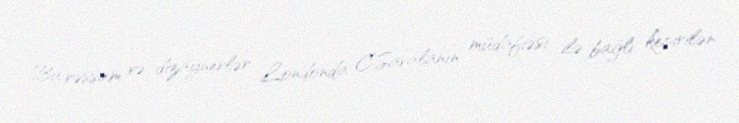
Bu rəssam və dizaynerlər Londonda C.Savalanın müdafiəsi ilə bağlı keçirilən